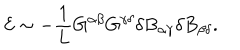
{ \cal E } \sim - \frac { 1 } { L } G ^ { \alpha \beta } G ^ { \gamma \delta } \delta B _ { \alpha \gamma } \delta B _ { \beta \delta } .